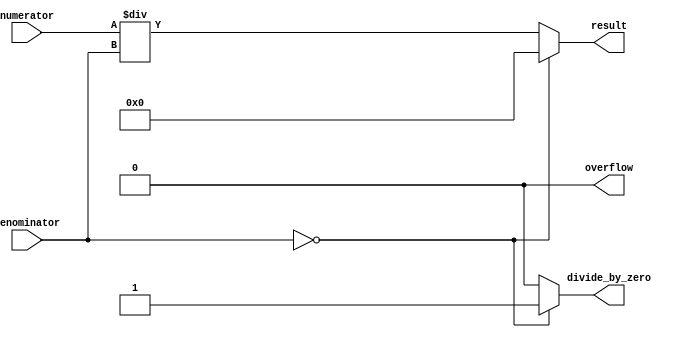
module fractional_divider (
  input signed [15:0] numerator,
  input signed [15:0] denominator,
  output reg signed [15:0] result,
  output reg overflow,
  output reg divide_by_zero
);

  always @(*) begin
    if (denominator == 0) begin
      result <= 16'b0;
      overflow <= 1'b0;
      divide_by_zero <= 1'b1;
    end else begin
      result <= numerator / denominator;
      overflow <= 1'b0;
      divide_by_zero <= 1'b0;
    end
  end

endmodule